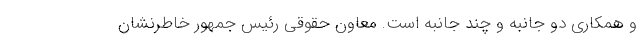
و همکاری دو جانبه و چند جانبه است. معاون حقوقی رئیس جمهور خاطرنشان